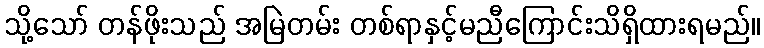
သို့သော် တန်ဖိုးသည် အမြဲတမ်း တစ်ရာနှင့်မညီကြောင်းသိရှိထားရမည်။